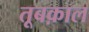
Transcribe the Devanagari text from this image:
तूबक़ाल